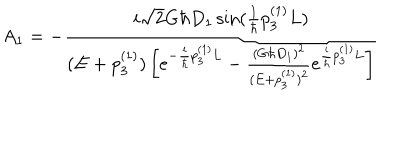
A _ { 1 } = - \frac { i \sqrt { 2 } G \hbar D _ { 1 } \sin ( \frac { 1 } { \hbar } p _ { 3 } ^ { ( 1 ) } L ) } { ( E + p _ { 3 } ^ { ( 1 ) } ) \left[ e ^ { - \frac { i } { \hbar } p _ { 3 } ^ { ( 1 ) } L } - \frac { ( G \hbar D _ { 1 } ) ^ { 2 } } { ( E + p _ { 3 } ^ { ( 1 ) } ) ^ { 2 } } e ^ { \frac { i } { \hbar } p _ { 3 } ^ { ( 1 ) } L } \right] }